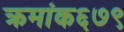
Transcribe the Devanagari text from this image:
क्रमांक६७९